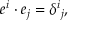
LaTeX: e ^ { i } \cdot e _ { j } = \delta ^ { i } { } _ { j } ,